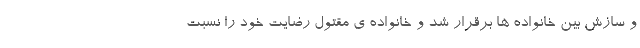
و سازش بین خانواده ها برقرار شد و خانواده ی مقتول رضایت خود را نسبت